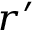
\scriptstyle { r ^ { \prime } }